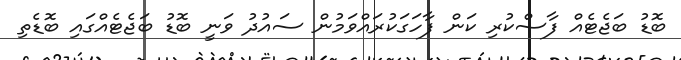
ބޮޑު ބަޖެޓެއް ފާސްކުރި ކަން ފާހަގަކުރައްވަމުން ސައުދު ވަނީ ބޮޑު ބަޖެޓެއްގައި ބޮޑެތި